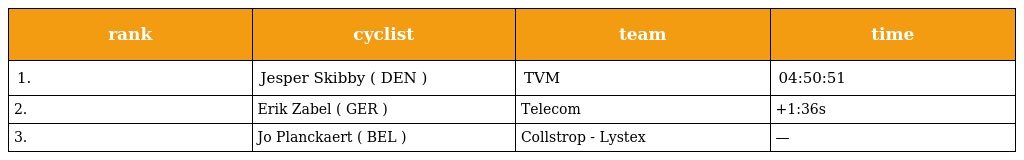
| rank | cyclist | team | time |
 | --- | --- | --- | --- |
 | 1. | Jesper Skibby ( DEN ) | TVM | 04:50:51 |
 | 2. | Erik Zabel ( GER ) | Telecom | +1:36s |
 | 3. | Jo Planckaert ( BEL ) | Collstrop - Lystex | — |